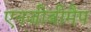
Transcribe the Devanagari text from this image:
एनजीबीमैप